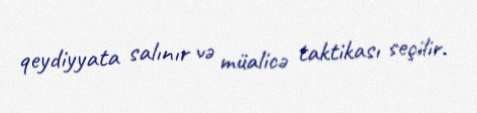
qeydiyyata salınır və müalicə taktikası seçilir.